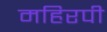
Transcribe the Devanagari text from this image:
महिरपी